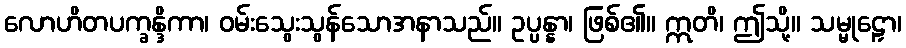
လောဟိတပက္ခန္ဒိကာ၊ ဝမ်းသွေးသွန်သောအနာသည်။ ဥပ္ပန္နာ၊ ဖြစ်၏။ ဣတိ၊ ဤသို့။ သမ္မုဠှော၊